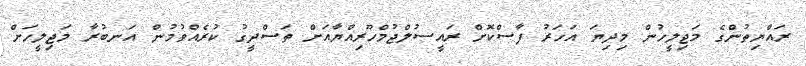
ރައްޔިތުންގެ މަޖިލީހުން މިދިޔަ އަހަރު ފާސްކޮށް ރައީސުލްޖުމްހޫރިއްޔާއަށް ތަސްދީގު ކުރެއްވުމުން އަނބުރާ މަޖިލީހަށް